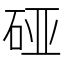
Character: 𰦴